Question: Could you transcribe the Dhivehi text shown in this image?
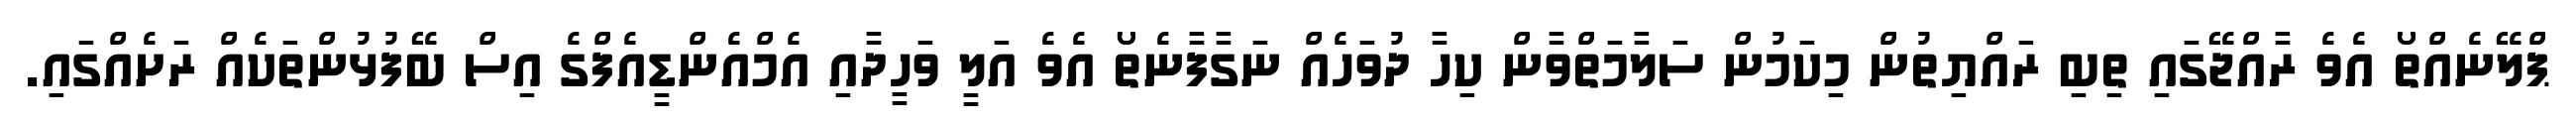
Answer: ޕްލޭނެއްތޯ އެވެ ރާއްޖޭގައި ތިބި ރައްޔިތުން މިކަމުން ސަލާމަތްވާން ކިހާ ދުވަހެއް ނަގާފާނެތޯ އެވެ އަލީ ވަހީދާއި އެމްއެންޑީއެފްގެ އިސް ބޭފުޅުންތަކެއް ރަށެއްގައި.